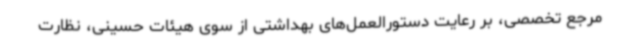
مرجع تخصصی، بر رعایت دستورالعمل‌های بهداشتی از سوی هیئات حسینی، نظارت